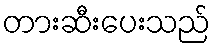
တားဆီးပေးသည်